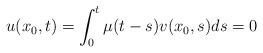
LaTeX: \begin{align*}u(x_{0},t) = \int_{0}^{t}\mu(t-s)v(x_{0},s)ds = 0\end{align*}